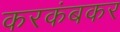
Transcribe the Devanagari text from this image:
करकंबकर